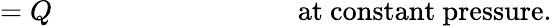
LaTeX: =Q\, \, \, \, \, \, \, \, \, \, \, \, \, \, \, \, \, \, \, \, \, \, \, \, \, \, \, \, \, \, \, \, \, \, \, \, \, \, \, \, \, \, \, \, \, \, \, \, \, \, \, \, {\mathrm{at~constant~pressure.}}